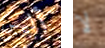
أليس لا